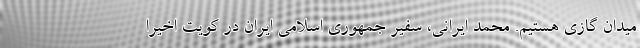
میدان گازی هستیم. محمد ایرانی، سفیر جمهوری اسلامی ایران در کویت اخیرا